Report of the Municipal Commissioner on the plague in Bombay for the year ending 31st May... - Volume 2
Disease focus: Plague
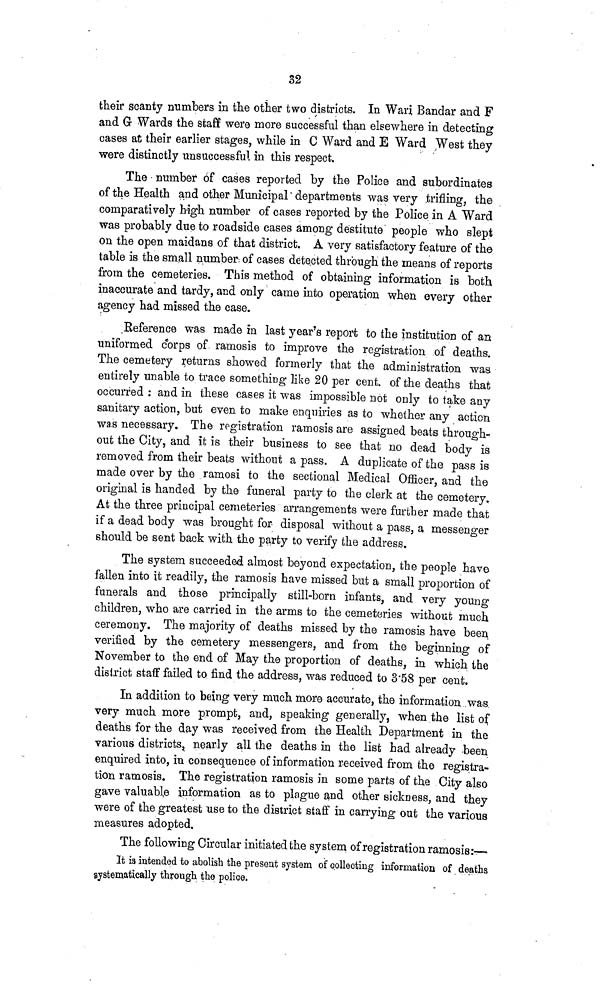
S2
their scanty numbers in the other two districts. In Wan Bandar and F
and G Wards the staff were more successful than elsewhere in detecting
cases at their earlier stages, while in C Ward and E Ward West they
were distinctly unsuccessful in this respect.
The number of cases reported by the Police and subordinates
of the Health and other Municipal departments was very trifling, the
comparatively high number of cases reported by the Police in A Ward
was probably due to roadside cases among destitute people who slept
on the open maidans of that district. A very satisfactory feature of the
table is the small number of cases detected through the means of reports
from the cemeteries. This method of obtaining information is both
inaccurate and tardy, and only came into operation when every other
agency had missed the case.
Reference was made in last year's report to the institution of an
uniformed corps of ramosis to improve the registration of deaths.
The cemetery returns showed formerly that the administration was
entirely unable to trace something like 20 per cent, of the deaths that
occurred : and in these cases it was impossible not only to take any
sanitary action, but even to make enquiries as to whether any action
was necessary. The registration ramosis are assigned beats through-
out the City, and it is their business to see that no dead body is
removed from their beats without a pass. A duplicate of the pass is
made over by the ramosi to the sectional Medical Officer, and the
original is handed by the funeral party to the clerk at the cemetery.
At the three principal cemeteries arrangements were further made that
if a dead body was brought for disposal without a pass, a messenger
should be sent back with the party to verify the address.
The system succeeded almost beyond expectation, the people have
fallen into it readily, the ramosis have missed but a small proportion of
funerals and those principally still-born infants, and very young
children, who are carried in the arms to the cemeteries without much
ceremony. The majority of deaths missed by the ramosis have been
verified by the cemetery messengers, and from the beginning of
November to the end of May the proportion of deaths, in which the
district staff failed to find the address, was reduced to 3'58 per cent.
In addition to being very much more accurate, the information, was
very much more prompt, and, speaking generally, when the list of
deaths for the day was received from the Health Department in the
various districts, nearly all the deaths in the list had already been
enquired into, in consequence of information received from the registra-
tion ramosis. The registration ramosis in some parts of the City also
gave valuable information as to plague and other sickness, and they
were of the greatest use to the district staff in carrying out the various
measures adopted.
The following Circular initiated the system of registration ramosis:—
It is intended to abolish the present system of collecting information of deaths
systematically through the police.